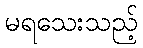
မရသေးသည့်